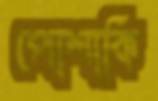
পোশাকি